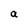
Character: a